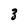
Character: 3